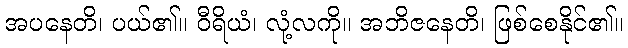
အပနေတိ၊ ပယ်၏။ ဝီရိယံ၊ လုံ့လကို။ အဘိဇနေတိ၊ ဖြစ်စေနိုင်၏။